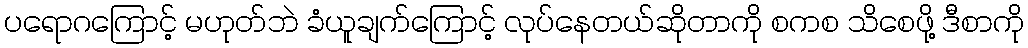
ပရောဂကြောင့် မဟုတ်ဘဲ ခံယူချက်ကြောင့် လုပ်နေတယ်ဆိုတာကို စကစ သိစေဖို့ ဒီစာကို